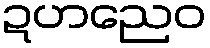
ဍဟညေဝ